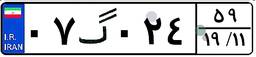
۰۷گ۰۲۴۵۹